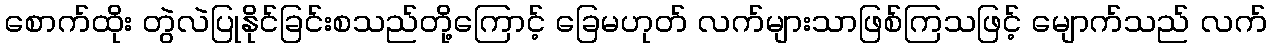
စောက်ထိုး တွဲလဲပြုနိုင်ခြင်းစသည်တို့ကြောင့် ခြေမဟုတ် လက်များသာဖြစ်ကြသဖြင့် မျောက်သည် လက်